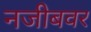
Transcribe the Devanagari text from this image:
नजीबवर